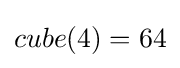
cube(4)=64